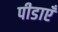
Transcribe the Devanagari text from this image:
पीडाएँ